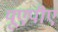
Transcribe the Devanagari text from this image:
यूएपीए